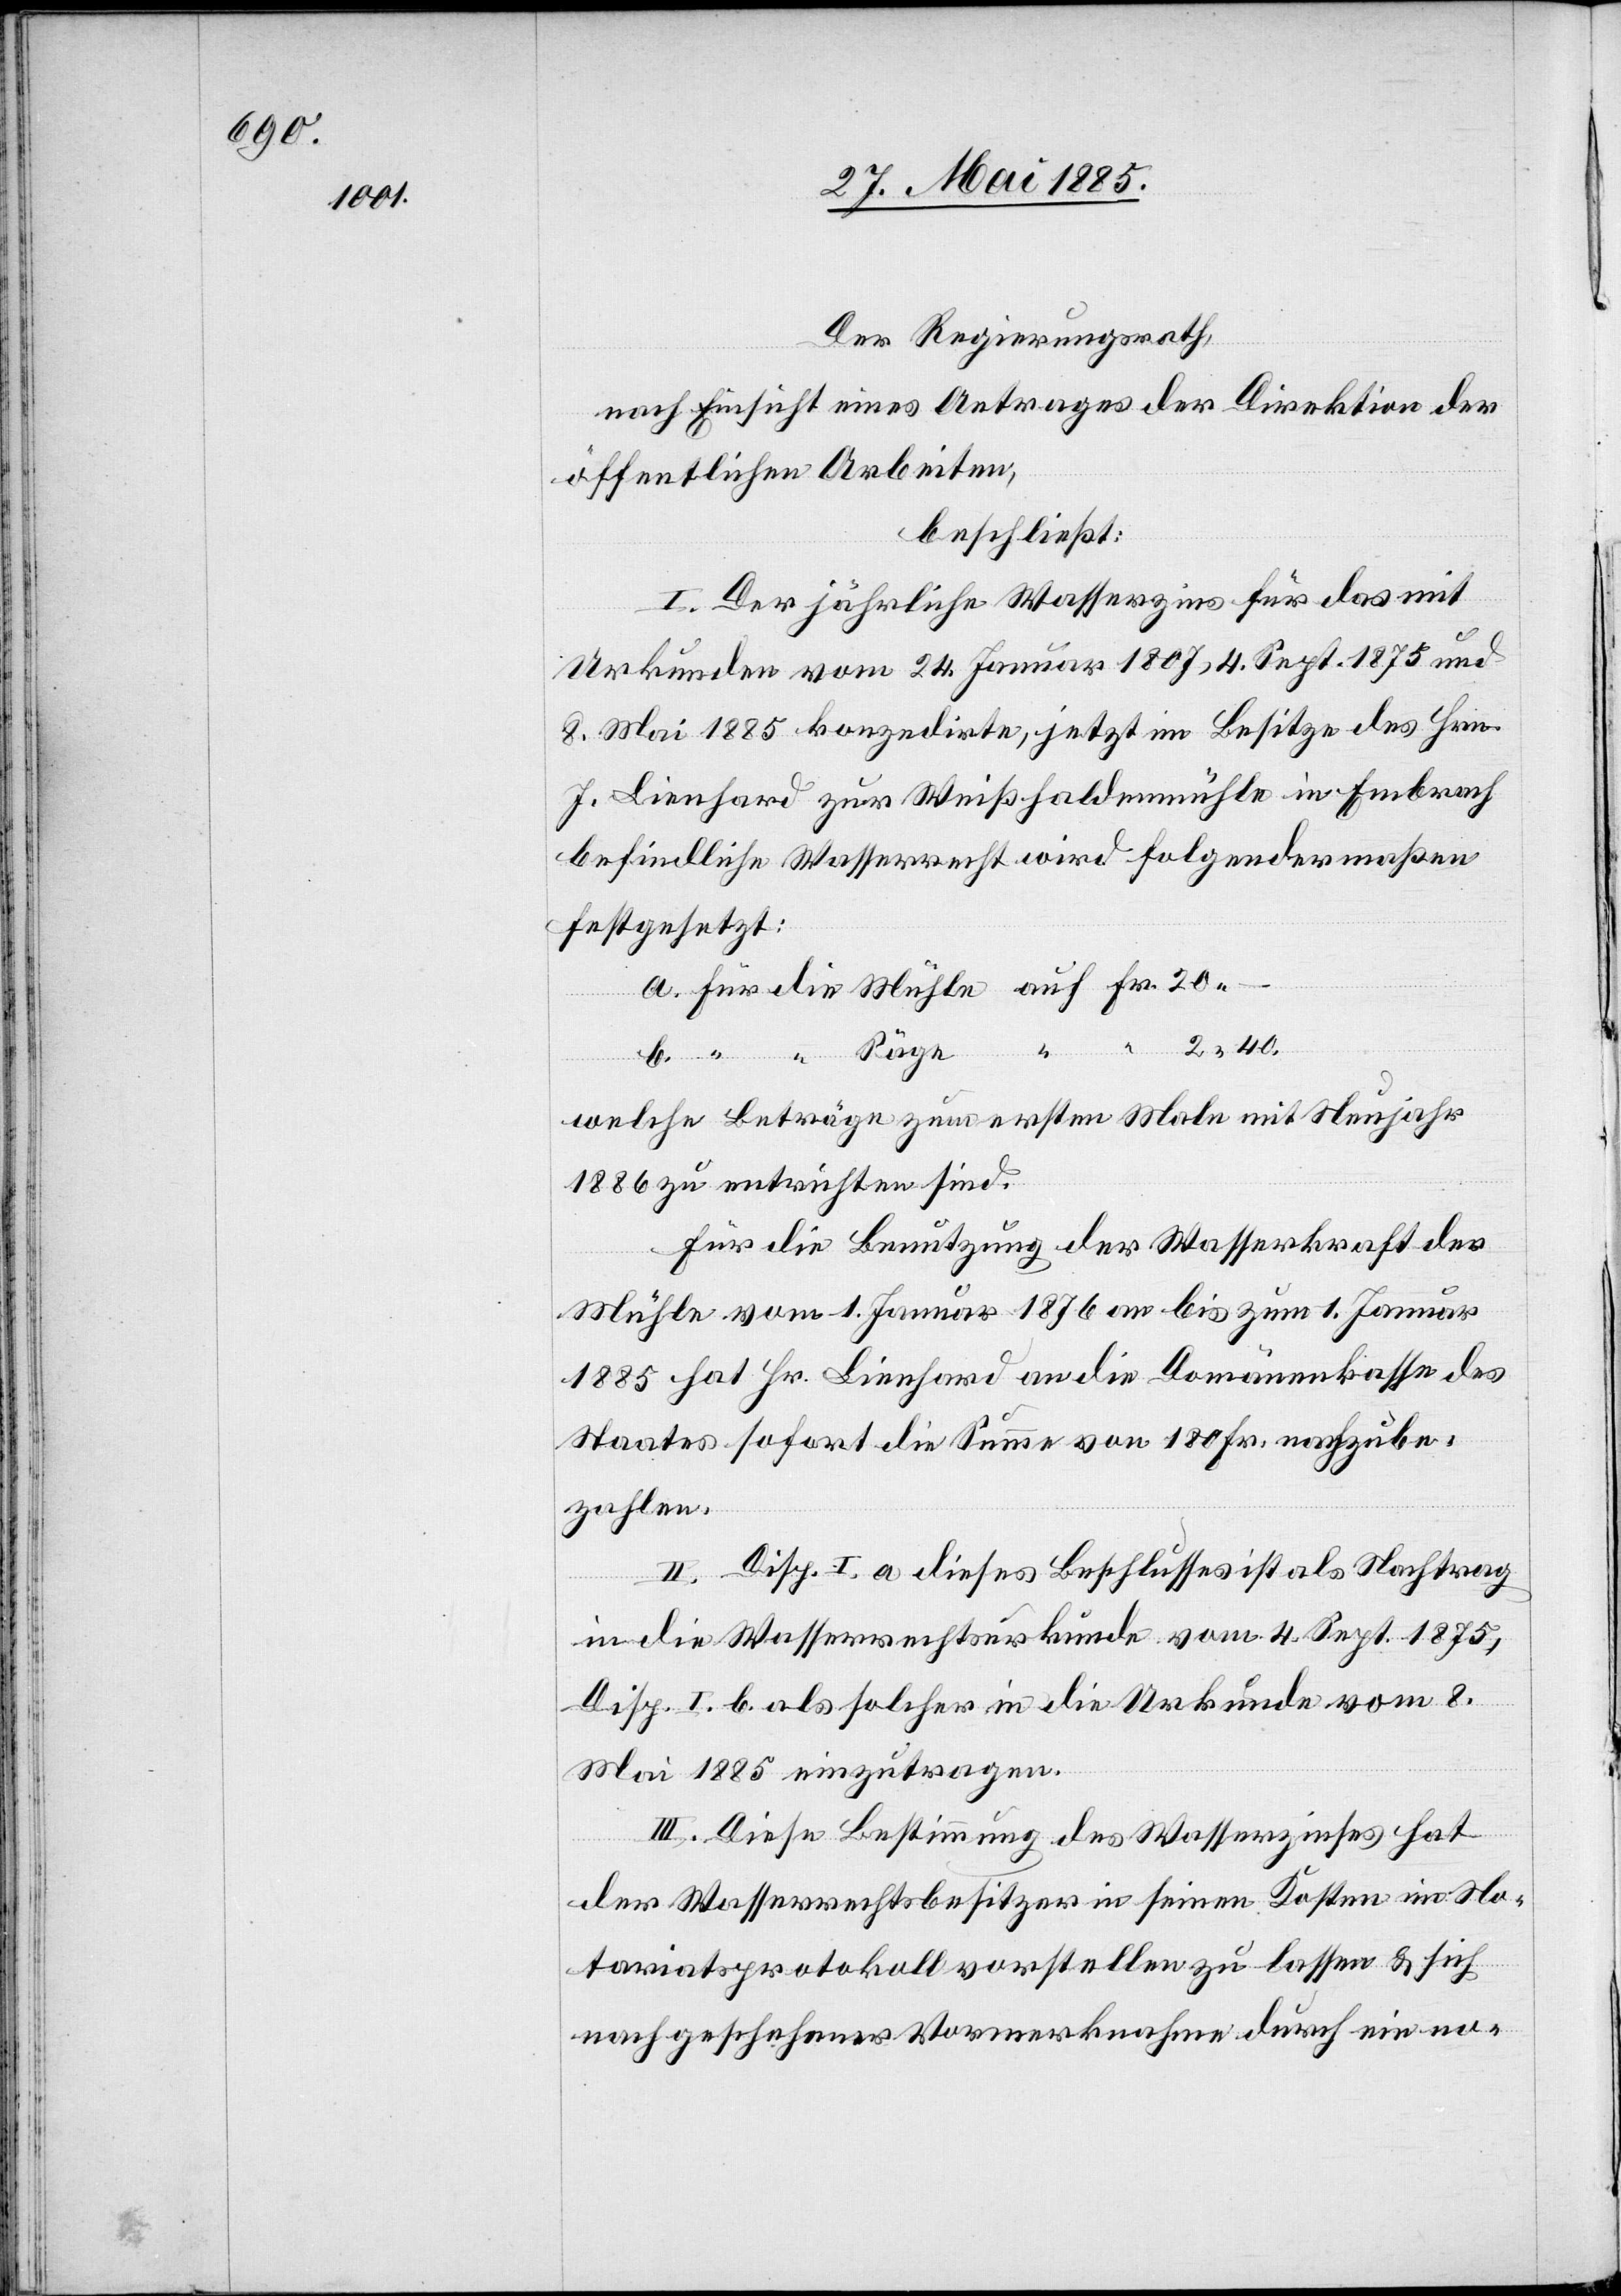
Der Regierungsrath,
nach Einsicht eines Antrages der Direktion der
öffentlichen Arbeiten,
beschließt:
I. Der jährliche Wasserzins für das mit
Urkunde vom 24. Januar 1807, 4. Sept. 1875 und
8. Mai 1885 konzedirte, jetzt im Besitze des Hrn.
J. Lienhard zur Weißhaldenmühle in Embrach
befindliche Wasserrecht wird folgendermaßen
festgesetzt:
Säge
2
welche Beiträge zum ersten Male mit Neujahr
1886 zu entrichten sind.
Für die Benutzung der Wasserkraft der
Mühle vom 1. Januar 1876 an bis zum 1. Januar
1885 hat Hr. Lienhard an die Domänenkasse des
Staates sofort die Summe von 180 Fr. nachzu¬
zahlen.
II. Disp. I. a. dieses Beschlusses ist als Nachtrag
in die Wasserrechtsurkunde vom 4. Sept. 1875,
Disp. I. b. als solcher in die Urkunde vom 8.
Mai 1885 einzutragen.
“
III. Diese Bestimmung des Wasserzinses hat
der Wasserrechtsbesitzer in seinen Kosten im No¬
tariatsprotokoll vorstellen zu lassen & sich
nach geschehener Vormerknahme durch ein no-